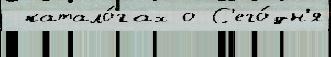
 катало́гах о С'его́дн'я